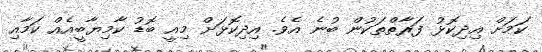
ކަމަށް އިދިކޮޅު ފަރާތްތަކުން ބުނެ އެވެ. އިދިކޮޅަށް މިއީ ބޮޑު ކާމިޔާބީއެއް ކަމާއި